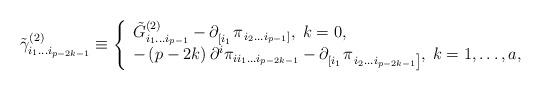
LaTeX: \begin{align*}\tilde \gamma _{i_1\ldots i_{p-2k-1}}^{(2)}\equiv \left\{ \begin{array}{l}\tilde G_{i_1\ldots i_{p-1}}^{(2)}-\partial _{\left[ i_1\right. }^{}\pi_{\left. i_2\ldots i_{p-1}\right] },\;k=0, \\ -\left( p-2k\right) \partial ^i\pi _{ii_1\ldots i_{p-2k-1}}-\partial_{\left[ i_1\right. }^{}\pi _{\left. i_2\ldots i_{p-2k-1}\right]},\;k=1,\ldots ,a, \end{array}\right.\end{align*}